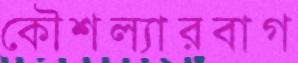
কৌশল্যারবাগ